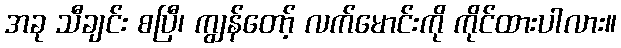
အခု သီချင်း စပြီ၊ ကျွန်တော့် လက်မောင်းကို ကိုင်ထားပါလား။